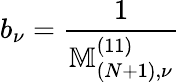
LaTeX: b_{\nu}=\frac{1}{\mathbb{M}_{(N+1),\nu}^{(11)}}